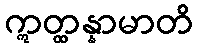
ဣတ္ထန္နာမာတိ